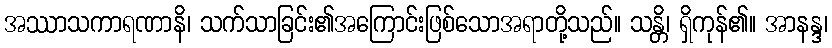
အဿာသကာရဏာနိ၊ သက်သာခြင်း၏အကြောင်းဖြစ်သောအရာတို့သည်။ သန္တိ၊ ရှိကုန်၏။ အာနန္ဒ၊